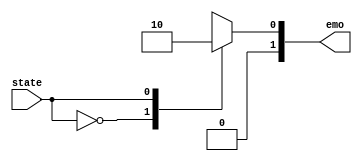
module elec_mag(
input state,
output [1:0] emo

);
 
parameter PICK = 0, DROP = 1;
reg [1:0]em ;
//reg stat=PICK;


	always @(*) begin
		case(state)
			PICK : begin
					 em[0] <= 1'b1 ;
					 em[1] <= 1'b0 ;
			       end
			
			DROP : begin
				    em[0] <= 1'b0 ;
					 em[1] <= 1'b0 ;
				    end
	   endcase
	end
	assign emo = em;
	
endmodule